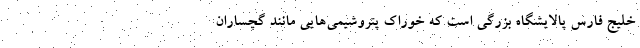
خلیج‌ فارس پالایشگاه بزرگی است که خوراک پتروشیمی‌هایی مانند گچساران